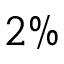
2 \%